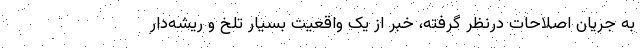
به جریان اصلاحات درنظر گرفته، خبر از یک واقعیت بسیار تلخ و ریشه‌دار